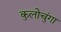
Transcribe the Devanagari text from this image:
कुलोचुंगा